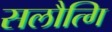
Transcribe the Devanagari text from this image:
सलौत्गि